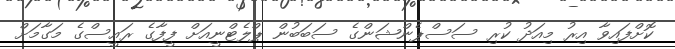
ކޮށްފައިވާ އިރު މިއަދު ކުރި ސަސްޕެންޝަންގެ ސަބަބުން ޕްލެޓްނީއަށް ފީފާގެ ރައީސްގެ މަގާމަށް